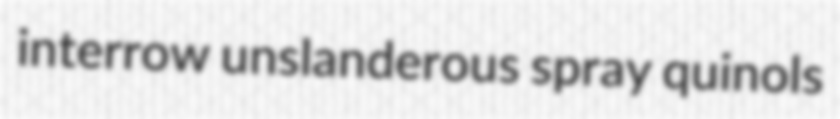
interrow unslanderous spray quinols